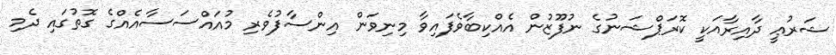
ޝަރުޢީ ދާއިރާއަކީ ކޮރަޕްޝަނުގެ ނުފޫޒުން އެއްކިބާވެފައިވާ މިނިވަން އިންސާފުވެރި މުއައްސަސާއެއްގެ ގޮތުގައި ދެމި